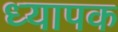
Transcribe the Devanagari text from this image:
ध्यापक